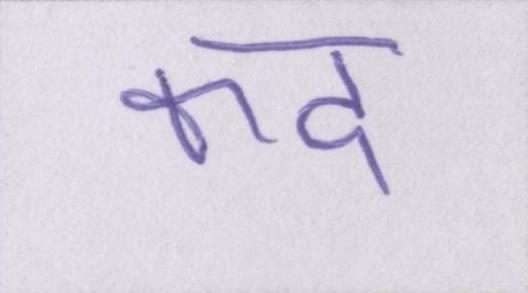
कद